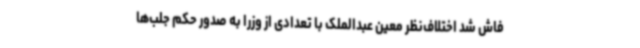
فاش شد اختلاف‌نظر معین عبدالملک با تعدادی از وزرا به صدور حکم جلب‌ها